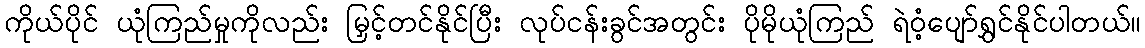
ကိုယ်ပိုင် ယုံကြည်မှုကိုလည်း မြှင့်တင်နိုင်ပြီး လုပ်ငန်းခွင်အတွင်း ပိုမိုယုံကြည် ရဲဝံ့ပျော်ရွှင်နိုင်ပါတယ်။